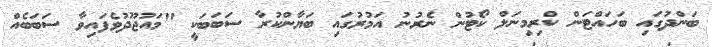
ބަންދުގައި ބަހައްޓަން ކްރިމިނަލް ކޯޓުން ނެރުނު އަމުރުގައި ބަޔާންކުރާ ސަބަބަކީ "މައުޖޫދުވެފައިވާ ސަބަބެއް